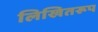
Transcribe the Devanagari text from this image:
लिखितरूप